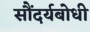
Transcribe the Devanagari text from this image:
सौंदर्यबोधी